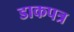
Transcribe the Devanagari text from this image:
डाकपत्र